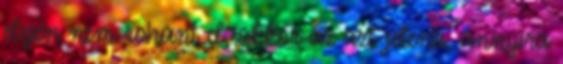
elején nem rohant el, akkor az azt jelenti, annyira